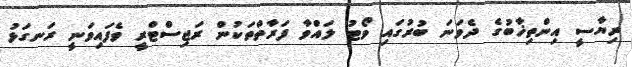
ރިޔާސީ އިންތިޚާބުގެ ދެވަނަ ބުރުގައި ވޯޓު ލައްވާ ފަރާތްތަކުން ރަޖިސްޓްރީ ވެފައިވަނީ ރަނގަޅު